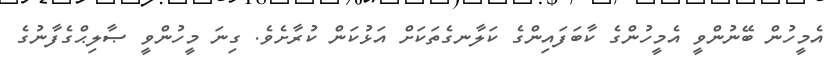
އެމީހުން ބޭނުންވީ އެމީހުންގެ ކާބަފައިންގެ ކަލާނގެތަކަށް އަޅުކަން ކުރާށެވެ. ގިނަ މީހުންްވީ ޞާލިޙްގެފާނުގެ